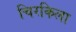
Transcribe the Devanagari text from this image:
चिरकिला